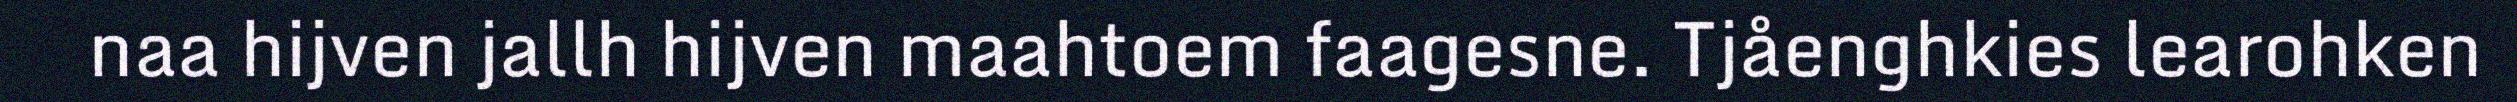
naa hijven jallh hijven maahtoem faagesne. Tjåenghkies learohken